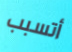
أتسبب